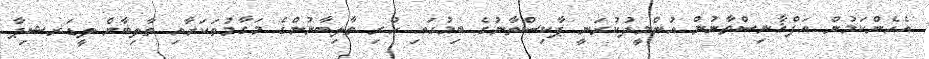
އެހެންކަމުން އަފްޣާނިސްތާނުން އުންމީދުކުރަނީ ޕާކިސްތާނުގެ ބިމުގައި ހުރި ތާލިބާނުންގެ މަގާމުތަކަށާއި ތާލިބާން ލީޑަރޝިޕާ